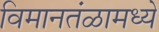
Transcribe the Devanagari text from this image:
विमानतंळामध्ये